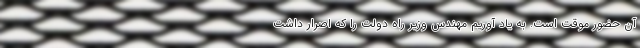
آن حضور موقت است. به یاد آوریم مهندس وزیر راه دولت را که اصرار داشت